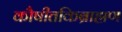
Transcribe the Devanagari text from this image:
कौषीतकिब्राह्मण